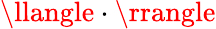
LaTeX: \llangle\cdot\rrangle